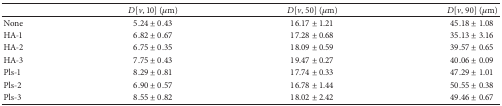
<table><thead><tr><td><b> </b></td><td><b><i>D</i>[<i>v</i>, 10] (<i>μ</i>m)</b></td><td><b><i>D</i>[<i>v</i>, 50] (<i>μ</i>m)</b></td><td><b><i>D</i>[<i>v</i>, 90] (<i>μ</i>m)</b></td></tr></thead><tbody><tr><td>None</td><td>5.24 ± 0.43</td><td>16.17 ± 1.21</td><td>45.18 ± 1.08</td></tr><tr><td>HA-1</td><td>6.82 ± 0.67</td><td>17.28 ± 0.68</td><td>35.13 ± 3.16</td></tr><tr><td>HA-2</td><td>6.75 ± 0.35</td><td>18.09 ± 0.59</td><td>39.57 ± 0.65</td></tr><tr><td>HA-3</td><td>7.75 ± 0.43</td><td>19.47 ± 0.27</td><td>40.06 ± 0.09</td></tr><tr><td>Pls-1</td><td>8.29 ± 0.81</td><td>17.74 ± 0.33</td><td>47.29 ± 1.01</td></tr><tr><td>Pls-2</td><td>6.90 ± 0.57</td><td>16.78 ± 1.44</td><td>50.55 ± 0.38</td></tr><tr><td>Pls-3</td><td>8.55 ± 0.82</td><td>18.02 ± 2.42</td><td>49.46 ± 0.67</td></tr></tbody></table>